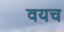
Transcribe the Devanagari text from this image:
वयच